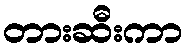
တားဆီးကာ